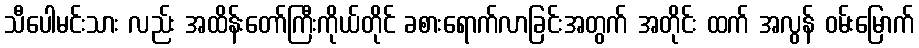
သီပေါမင်းသား လည်း အထိန်းတော်ကြီးကိုယ်တိုင် ခစားရောက်လာခြင်းအတွက် အတိုင်း ထက် အလွန် ဝမ်းမြောက်